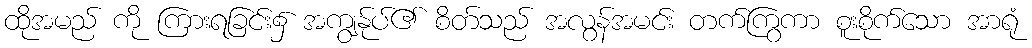
ထိုအမည် ကို ကြားရခြင်း၌ အကျွန်ုပ်၏ စိတ်သည် အလွန်အမင်း တက်ကြွကာ စူးစိုက်သော အာရုံ